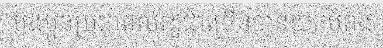
បងប្អូនប្រជាពលរដ្ឋជាច្រើនបានយកបំពង់